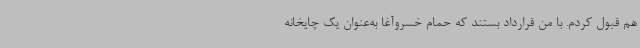
هم قبول کردم. با من قرارداد بستند که حمام خسروآغا به‌عنوان یک چایخانه